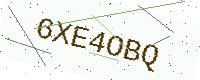
Text: 6XE4OBQ